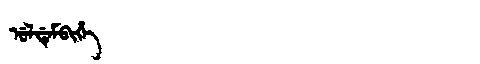
Manchu: ᡠᠯᡩᡝᠮᠪᡳᡥᡝ
Romanization: ULDEMBIHE